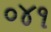
૦૪૧